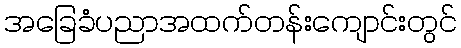
အခြေခံပညာအထက်တန်းကျောင်းတွင်